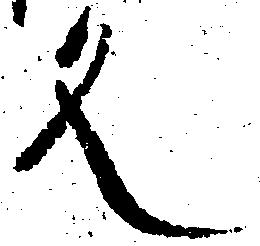
文